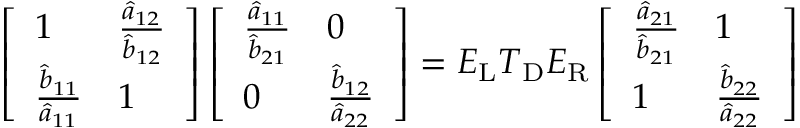
\left[ \begin{array} { l l } { 1 } & { \frac { \hat { a } _ { 1 2 } } { \hat { b } _ { 1 2 } } } \\ { \frac { \hat { b } _ { 1 1 } } { \hat { a } _ { 1 1 } } } & { 1 } \end{array} \right] \left[ \begin{array} { l l } { \frac { \hat { a } _ { 1 1 } } { \hat { b } _ { 2 1 } } } & { 0 } \\ { 0 } & { \frac { \hat { b } _ { 1 2 } } { \hat { a } _ { 2 2 } } } \end{array} \right] = \boldsymbol { E } _ { \mathrm { L } } \boldsymbol { T } _ { \mathrm { D } } \boldsymbol { E } _ { \mathrm { R } } \left[ \begin{array} { l l } { \frac { \hat { a } _ { 2 1 } } { \hat { b } _ { 2 1 } } } & { 1 } \\ { 1 } & { \frac { \hat { b } _ { 2 2 } } { \hat { a } _ { 2 2 } } } \end{array} \right]